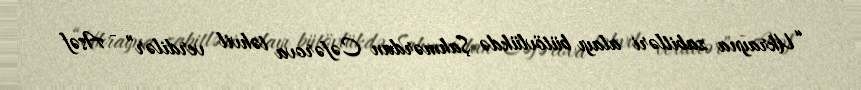
“Ukrayna zabitləri alayı bütövlükdə Şahmərdan Cəfərova təhvil verdilər” - Asəf